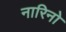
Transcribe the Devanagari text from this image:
नारिनो